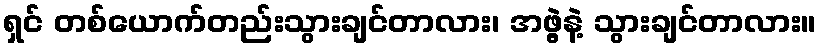
ရှင် တစ်ယောက်တည်းသွားချင်တာလား၊ အဖွဲ့နဲ့ သွားချင်တာလား။